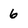
Character: 6